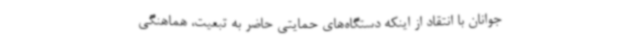
جوانان با انتقاد از اینکه دستگاه‌های حمایتی حاضر به تبعیت، هماهنگی